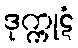
ဒုက္ကုဋံ